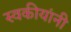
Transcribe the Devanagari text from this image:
स्वकीयांनी